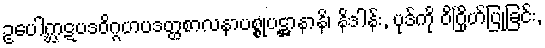
ဥပေါဂ္ဃာဋပဒဝိဂ္ဂဟပဒတ္ထစာလနာပစ္စုပဋ္ဌာနာနိ၊ နိဒါန်း, ပုဒ်ကို ဝိဂြိုဟ်ပြုခြင်း,